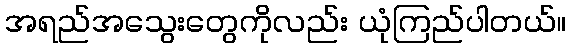
အရည်အသွေးတွေကိုလည်း ယုံကြည်ပါတယ်။